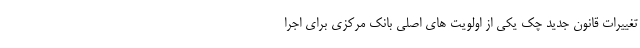
تغييرات قانون جديد چک يکي از اولويت هاي اصلي بانك مركزي براي اجرا